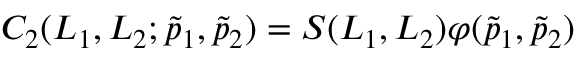
C _ { 2 } ( L _ { 1 } , L _ { 2 } ; \tilde { p } _ { 1 } , \tilde { p } _ { 2 } ) = S ( L _ { 1 } , L _ { 2 } ) \varphi ( \tilde { p } _ { 1 } , \tilde { p } _ { 2 } )